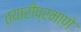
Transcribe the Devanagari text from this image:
तयारीप्रमाणे